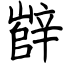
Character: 辥